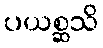
ပယစ္ဆသိ